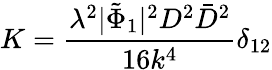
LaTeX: K=\frac{\lambda^{2}|\tilde{\Phi}_{1}|^{2}D^{2}\bar{D}^{2}}{16k^{4}}\delta_{12}